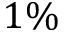
1 \%